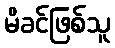
မိခင်ဖြစ်သူ